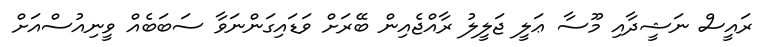
ރައީސް ނަޝީދާއި މޫސާ ޢަލީ ޖަލީލު ރާއްޖެއިން ބޭރަށް ވަޑައިގަންނަވާ ސަބަބެއް ވީނިއުސްއަށް